Bombay plague: being a history of the progress of plague in the Bombay presidency from September 1896 to June 1899
Year: 1896
Disease focus: Plague
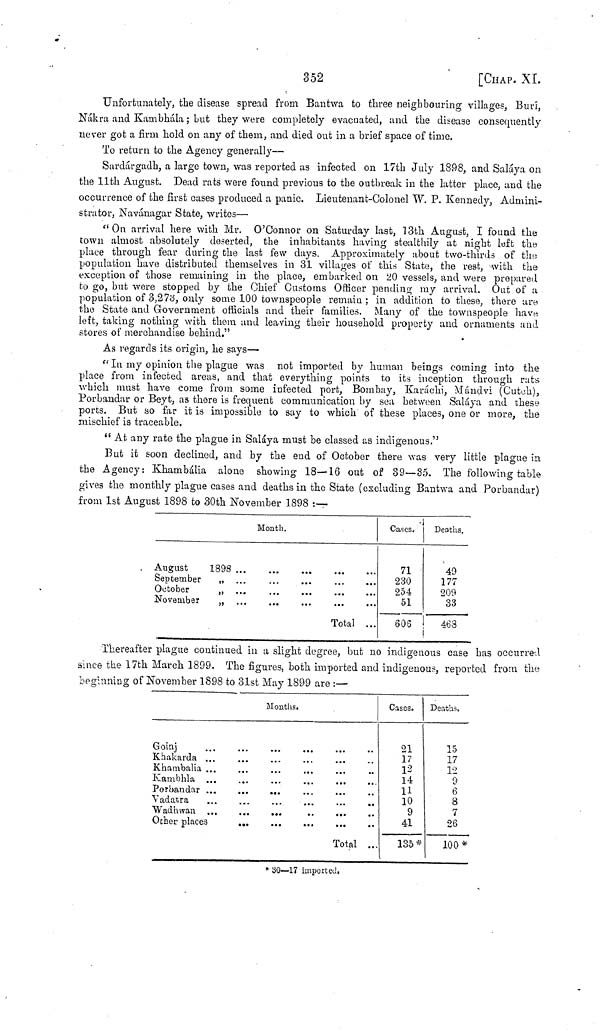
352
[CHAP. XL
Unfortunately, the disease spread from Bantwa to three neighbouring villages, Buri,
Nákra and Kambhála; but they were completely evacuated, and the disease consequently
never got a firm hold on any of them, and died out in a brief space of time.
To return to the Agency generally—
Sardárgadh, a large town, was reported as infected on 17th July 1898, and Saláya on
the 11th August. Dead rats were found previous to the outbreak in the latter place, and the
occurrence of the first cases produced a panic. Lieutenant-Colonel W. P. Kennedy, Admini-
strator, Navánagar State, writes—
" On arrival here with Mr. O'Connor on Saturday last, 13th August, I found the
town almost absolutely deserted, the inhabitants having stealthily at night left the
place through fear during the last few days. Approximately about two-thirds of the
population have distributed themselves in 31 villages of this State, the rest, with the
exception of those remaining in the place, embarked on 20 vessels, and were prepared
to go, but were stopped by the Chief Customs Officer pending my arrival. Out of a
population of 3,273, only some 100 townspeople remain; in addition to these, there are
the State and Government officials and their families. Many of the townspeople have,
left, taking nothing with them and leaving their household property and ornaments and
stores of merchandise behind."
As regards its origin, he says—
" In my opinion the plague was not imported by human beings coming into the
place from infected areas, and that everything points to its inception through ruts
which must have come from some infected port, Bombay, Karáchi, Mándvi (Cutoh),
Porbandar or Beyt, as there is frequent communication by sea between Saláya and these
ports. But so far it is impossible to say to which of these places, one or more, the
mischief is traceable.
" At any rate the plague in Saláya must be classed as indigenous."
But it soon declined, and by the end of October there was very little plague in
the Agency: Khambália alone showing 18—16 out of 39—35. The following table
gives the monthly plague cases and deaths in the State (excluding Bantwa and Porbandar)
from 1st August 1898 to 30th November 1898 :—
Month.
August
1898
September
,, . ,
October
"
November
"
Total ...
Cases.
71
230
254
51
606
Deaths.
49
177
209
33
463
Thereafter plague continued in a slight degree, but no indigenous case has occurred
since the 17th March 1899. The figures, both imported and indigenous, reported from the
beginning of November 1898 to 31st May 1899 are :—
Months.
Goinj
Khakarda
Khambaiia ...
Kambhla ...
Porbandar ...
...
...
Vadatra
Wadhwan ...
...
...
..
...
Other places
Total ...
Cases.
21
17
12
14
11
10
9
41
135*
Deaths.
15
17
12
9
6
8
7
26
100*
* 30—17 imported,